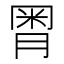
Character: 𣍸